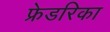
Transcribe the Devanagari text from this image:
फ्रेडरिका